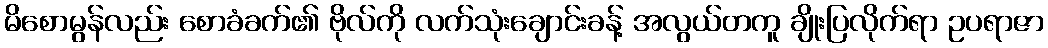
မိစောမွန်လည်း စောခံခက်၏ ဗိုလ်ကို လက်သုံးချောင်းခန့် အလွယ်တကူ ချိုးပြလိုက်ရာ ဥပရာဇာ